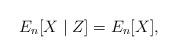
LaTeX: \begin{align*} E_n[X \mid Z] = E_n[X],\end{align*}